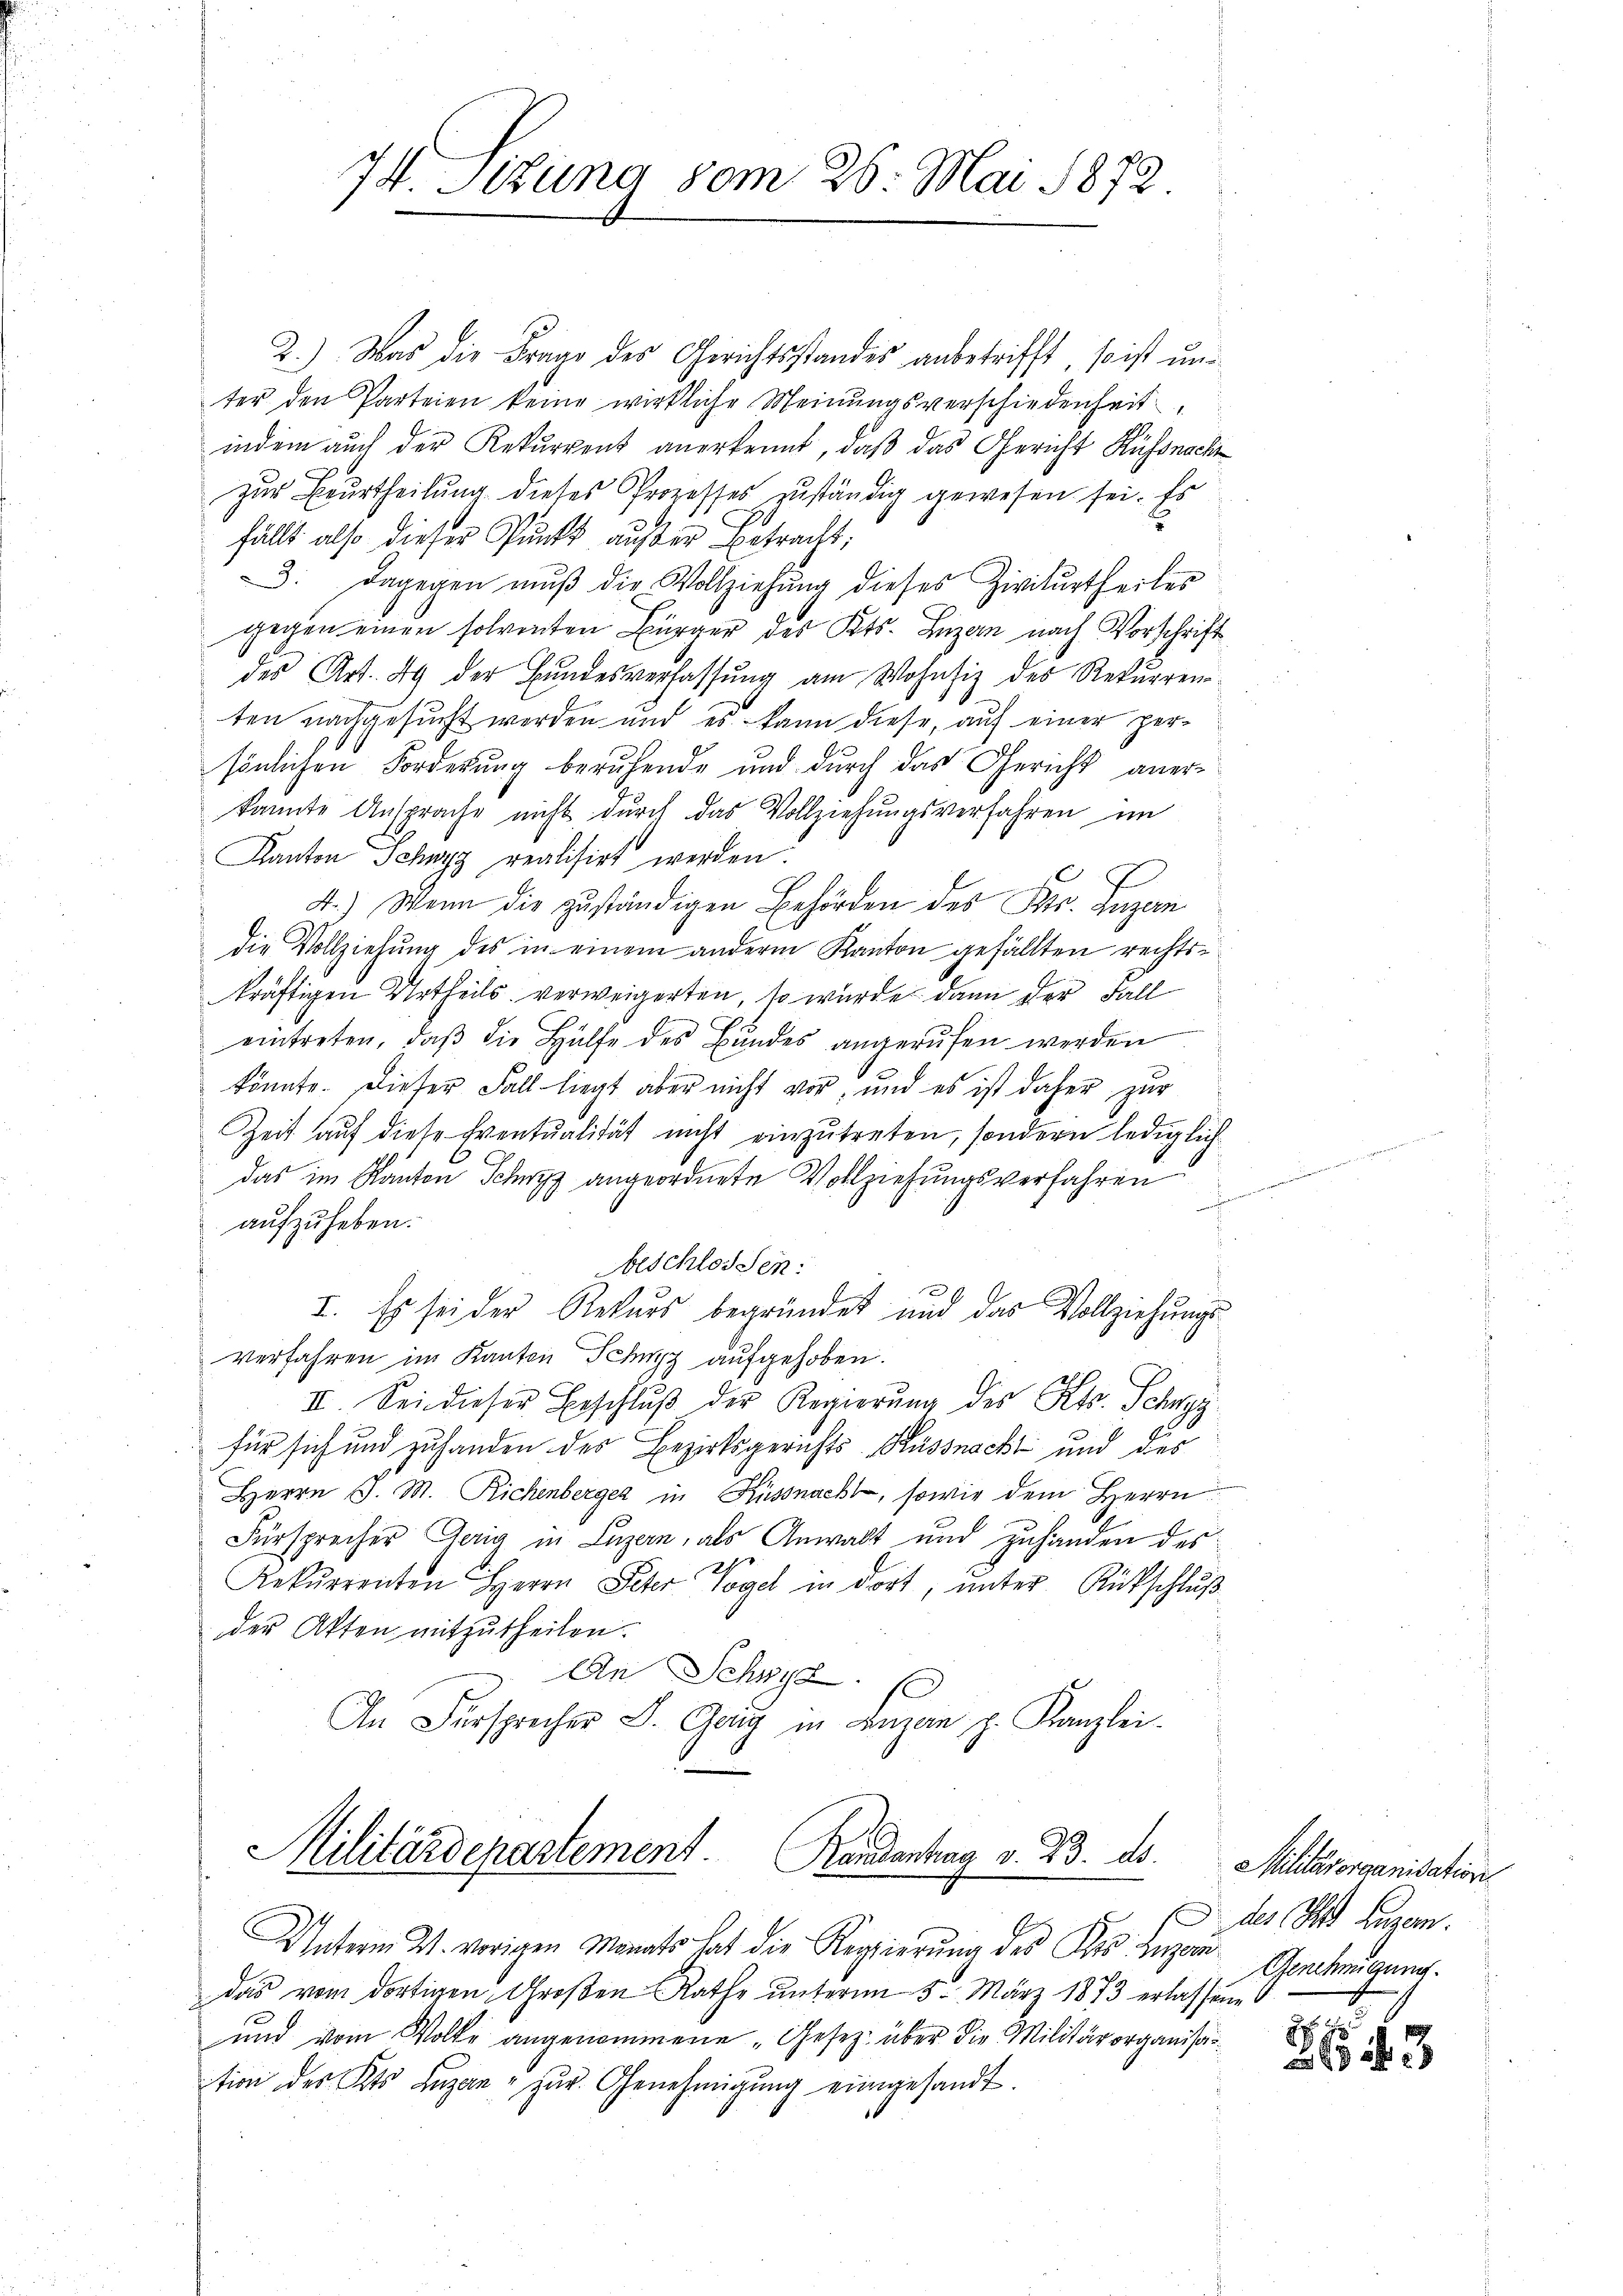
74. Situng vom 26. Mai 1872.

2.) Was die Franz des Gerichtsstandes anbetrifft, so ist unter den Parteien keine wirkliche Meinungsverschiedenheit
indem auch der Rekurrent anerkennt, daß das Gericht Küssnach
zur Beurtheilung dieses Prozesses zuständig gewesen sei. Es
fällt also dieser Punkt außer Betracht;
3. Dagegen mŭβ die Vollziehŭng dieses Zivilurtheiles
gegen einen solventen Bürger des Kts. Luzern nach Vorschrift
des Art. 49 der Bundesverfassung am Wohnsiz des Rekurrenten nachgesucht werden und es kann diese, auf einer persönlichen Forderung beruhende und durch das Gericht anerkannte Ansprache nicht durch das Vollziehungsverfahren im
Kanton Schwyz realisirt werden.
4.) Wenn die zuständigen Behörden des Kts. Luzern
die Vollziehung des in einem anderm Kanton gefällten rechtskräftigen Urtheils verweigerten, so wurde dann der Fall
eintreten, daβ die Hülfe des Bŭndes angerŭfen werden
könnte. Dieser Fall liegt aber nicht vor, und es ist daher zur
Zeit auf diese Eventualität nicht einzutreten, sondern lediglich
das im Kanton Schwyz angeordnete Vollziehungsverfahren
i
aufzuheben.
Beschlossen:
I. Es sei der Rekurs begründet und das Vollziehungsverfahren im Kanton Schwyz aufgehoben.
II. Sei dieser Beschlŭβ der Regierŭng des Kts. Schürgg
für sich und zuhanden des Bezirksgerichts- Küssnackt und des
Herrn J. M. Richenberger in Küssnacht, sowie dem Herrn
Fürsprecher Geig in Luzern, als Anwalt und zuhanden des

Rekurrenten Herrn Peter Vogel in dort, unter Rückschluß
der Akten mitzutheilen.
An Schwyz.
An Fürsprecher L. Gang in Luzan p. Kanzlei.

Unterm 21. vorigen Monats hat die Regierŭng des Kies Bezau Genehmigung.
das vom dortigen Großen Raths unterm 5. März 1873 erlassene
und vom Volke angenommene „Gesetz über die Militärorganisation des Kts. Luzan" zŭr Genehmigŭng eingesandt.

Militärdepartement. Randantrag v. 23. ds. Militärorganisation

des Sed Luzern.

22